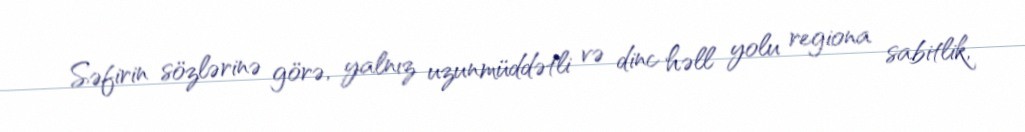
Səfirin sözlərinə görə, yalnız uzunmüddətli və dinc həll yolu regiona sabitlik,